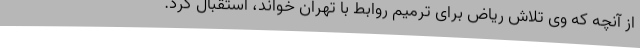
از آنچه که وی تلاش ریاض برای ترمیم روابط با تهران خواند، استقبال کرد.